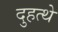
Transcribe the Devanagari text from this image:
दुहत्थे